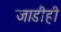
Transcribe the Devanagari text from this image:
जाडीही